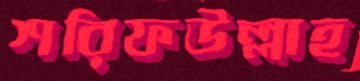
শরিফউল্লাহ